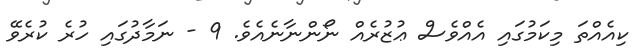
ކިއެއްތަ މިކަމުގައި އެއްވެސް ޢުޒުރެއް ނޯންނާނެއެވެ. 9 - ނަމާދުގައި ހުރެ ކުރެވޭ